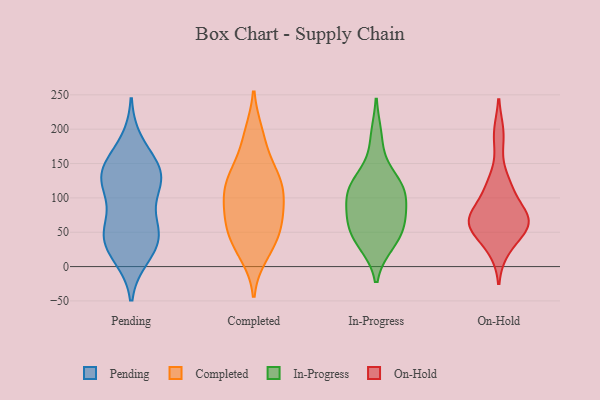
{"axis": {"x": "Production Output", "y": "Value"}, "legend": ["Completed", "In-Progress", "On-Hold", "Pending"], "data": [{"x": "", "y": 49, "type": "Pending"}, {"x": "", "y": 16, "type": "Pending"}, {"x": "", "y": 30, "type": "Pending"}, {"x": "", "y": 138, "type": "Pending"}, {"x": "", "y": 48, "type": "Pending"}, {"x": "", "y": 61, "type": "Pending"}, {"x": "", "y": 55, "type": "Pending"}, {"x": "", "y": 144, "type": "Pending"}, {"x": "", "y": 112, "type": "Pending"}, {"x": "", "y": 180, "type": "Pending"}, {"x": "", "y": 143, "type": "Pending"}, {"x": "", "y": 25, "type": "Pending"}, {"x": "", "y": 120, "type": "Pending"}, {"x": "", "y": 136, "type": "Pending"}, {"x": "", "y": 119, "type": "Pending"}, {"x": "", "y": 85, "type": "Completed"}, {"x": "", "y": 132, "type": "Completed"}, {"x": "", "y": 25, "type": "Completed"}, {"x": "", "y": 190, "type": "Completed"}, {"x": "", "y": 103, "type": "Completed"}, {"x": "", "y": 109, "type": "Completed"}, {"x": "", "y": 36, "type": "Completed"}, {"x": "", "y": 118, "type": "Completed"}, {"x": "", "y": 90, "type": "Completed"}, {"x": "", "y": 53, "type": "Completed"}, {"x": "", "y": 68, "type": "Completed"}, {"x": "", "y": 122, "type": "Completed"}, {"x": "", "y": 133, "type": "Completed"}, {"x": "", "y": 152, "type": "Completed"}, {"x": "", "y": 61, "type": "Completed"}, {"x": "", "y": 54, "type": "Completed"}, {"x": "", "y": 18, "type": "Completed"}, {"x": "", "y": 193, "type": "Completed"}, {"x": "", "y": 131, "type": "In-Progress"}, {"x": "", "y": 188, "type": "In-Progress"}, {"x": "", "y": 106, "type": "In-Progress"}, {"x": "", "y": 114, "type": "In-Progress"}, {"x": "", "y": 57, "type": "In-Progress"}, {"x": "", "y": 55, "type": "In-Progress"}, {"x": "", "y": 74, "type": "In-Progress"}, {"x": "", "y": 36, "type": "In-Progress"}, {"x": "", "y": 34, "type": "In-Progress"}, {"x": "", "y": 75, "type": "In-Progress"}, {"x": "", "y": 106, "type": "In-Progress"}, {"x": "", "y": 116, "type": "In-Progress"}, {"x": "", "y": 65, "type": "On-Hold"}, {"x": "", "y": 117, "type": "On-Hold"}, {"x": "", "y": 117, "type": "On-Hold"}, {"x": "", "y": 26, "type": "On-Hold"}, {"x": "", "y": 65, "type": "On-Hold"}, {"x": "", "y": 69, "type": "On-Hold"}, {"x": "", "y": 73, "type": "On-Hold"}, {"x": "", "y": 52, "type": "On-Hold"}, {"x": "", "y": 67, "type": "On-Hold"}, {"x": "", "y": 192, "type": "On-Hold"}]}